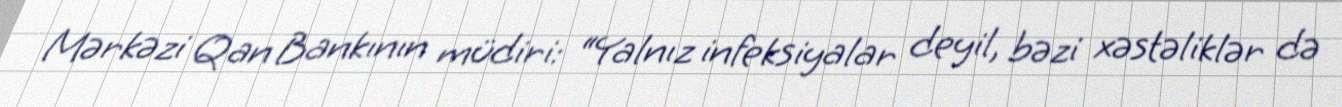
Mərkəzi Qan Bankının müdiri: “Yalnız infeksiyalar deyil, bəzi xəstəliklər də